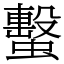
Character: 蟿